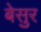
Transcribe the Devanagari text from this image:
बेसुर